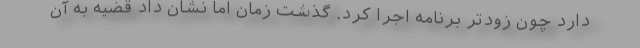
دارد چون زودتر برنامه اجرا کرد. گذشت زمان اما نشان داد قضیه به آن